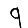
Digit: 9